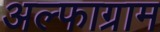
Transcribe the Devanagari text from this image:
अल्फाग्राम